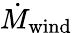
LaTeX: \dot{M}_{\mathrm{wind}}